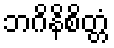
ဘဂိနိစိတ္တံ